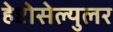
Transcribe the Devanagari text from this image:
हेप्टोसेल्युलर